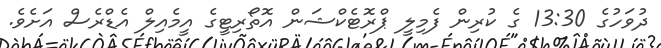
ދުވަހުގެ 13:30 ގެ ކުރިން ފެމިލީ ޕްރޮޓެކްޝަން އޮތޯރިޓީގެ އީމެއިލް އެޑްރެސް އަށެވެ.